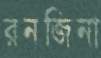
রনজিনা